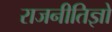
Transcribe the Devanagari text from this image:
राजनीतिज्ञो